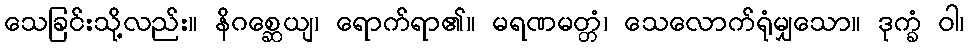
သေခြင်းသို့လည်း။ နိဂစ္ဆေယျ၊ ရောက်ရာ၏။ မရဏမတ္တံ၊ သေလောက်ရုံမျှသော။ ဒုက္ခံ ဝါ၊